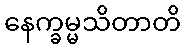
နေက္ခမ္မသိတာတိ